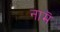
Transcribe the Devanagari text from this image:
नामॆ